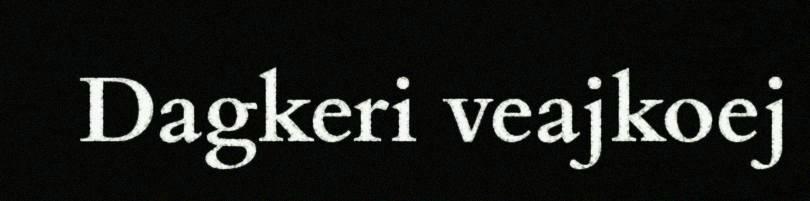
Dagkeri veajkoej